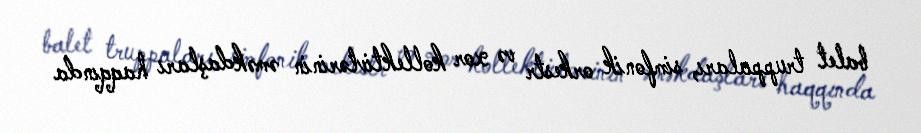
balet truppaları, simfonik orkestr və xor kollektivlərinin əməkdaşları haqqında